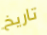
تاريخ